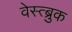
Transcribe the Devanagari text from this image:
वेस्त्ब्रुक